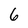
Character: 6